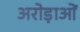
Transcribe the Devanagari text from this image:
अरोड़ाओं